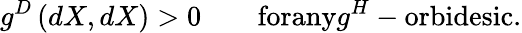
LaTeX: g^{D}\left(dX,dX\right)>0\qquad\textrm{forany}g^{H}-\textrm{orbidesic}.